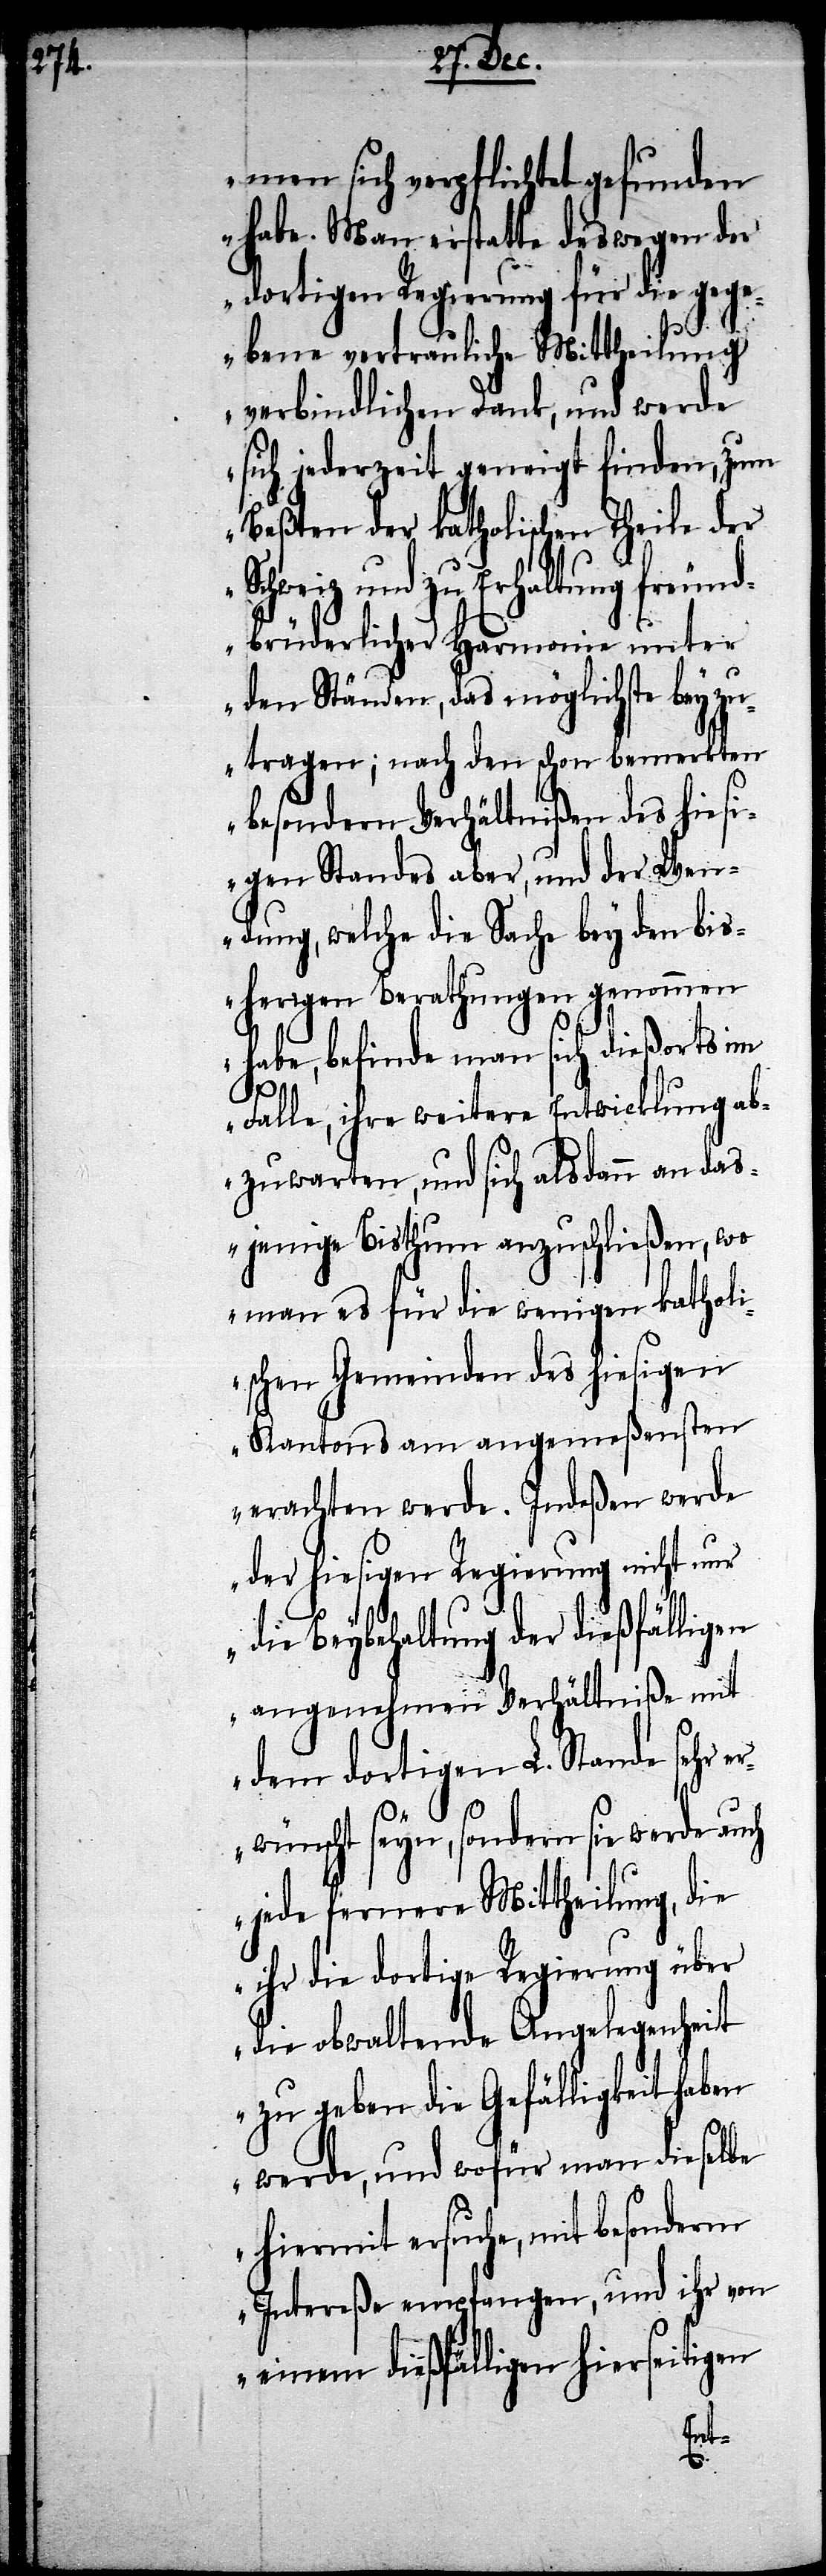
men sich verpflichtet gefunden
habe. Man erstatte deswegen der
dortigen Regierung für die gege¬
bene vertrauliche Mittheilung
verbindlichen Dank, und werde
sich jederzeit geneigt finden, zum
Beßten der katholischen Theile der
und zu Erhaltung freun¬
dbrüderlicher Harmonie unter
den Ständen, das möglichste beyzu¬
tragen; nach den schon bemerkten
besondern Verhältnißen des hies¬
igen Standes aber, und der Wen¬
dung, welche die Sache bey den bis¬
herigen Berathungen genommen
habe, befinde man sich dießorts im
Falle, ihre weitere Entwicklung ab¬
zuwarten, und sich alsdann an das¬
jenige Bisthum anzuschließen, wo
man es für die wenigen katholi¬
schen Gemeinden des hiesigen
Kantons am angemeßensten
erachten werde. Indeßen werde
der hiesigen Regierung nicht nur
die Beybehaltung der dießfälligen
angenehmen Verhältniße mit
dem dortigen L. Stande sehr
erwünscht seyn, sondern sie werde auch
jede fernere Mittheilung, die
ihr die dortige Regierung über
die obwaltende Angelegenheit
zu geben die Gefälligkeit haben
werde, und wofür man dieselbe
hiermit ersuche, mit besonderm
Intereße empfangen, und ihr von
einem dießfälligen hierseitigen